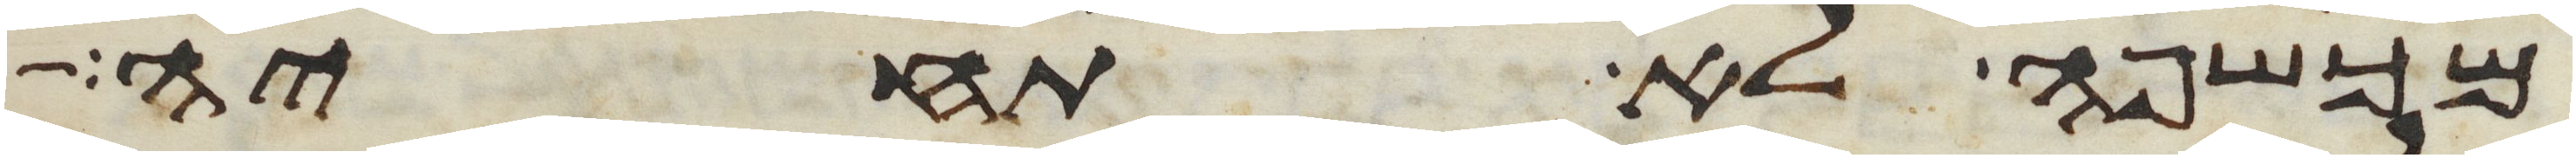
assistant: מכשפה לא תחיה